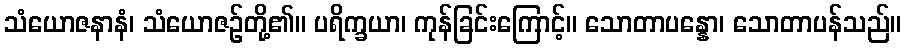
သံယောဇနာနံ၊ သံယောဇဉ်တို့၏။ ပရိက္ခယာ၊ ကုန်ခြင်းကြောင့်။ သောတာပန္နော၊ သောတာပန်သည်။